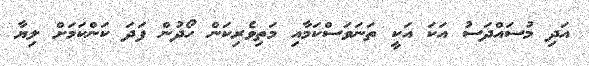
އަދި މުސައްދަސު އަކަ އަކީ ތަނަވަސްކަމާއި މަތިވެރިކަން ހޯދުން ފަދަ ކަންކަމަށް ލިޔާ